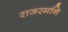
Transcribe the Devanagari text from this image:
राजरमनि